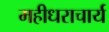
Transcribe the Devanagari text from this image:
महीधराचार्य